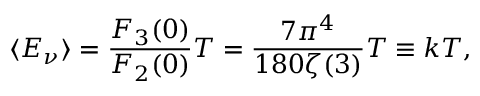
\langle E _ { \nu } \rangle = \frac { F _ { 3 } ( 0 ) } { F _ { 2 } ( 0 ) } T = \frac { 7 \pi ^ { 4 } } { 1 8 0 \zeta ( 3 ) } T \equiv k T ,